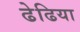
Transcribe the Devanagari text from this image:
ढेढिया